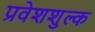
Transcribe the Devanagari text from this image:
प्रवेशशुल्क